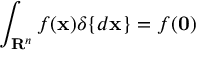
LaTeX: \int _ { \mathbf { R } ^ { n } } f ( \mathbf { x } ) \delta \{ d \mathbf { x } \} = f ( \mathbf { 0 } )